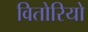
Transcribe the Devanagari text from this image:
वितोरियो